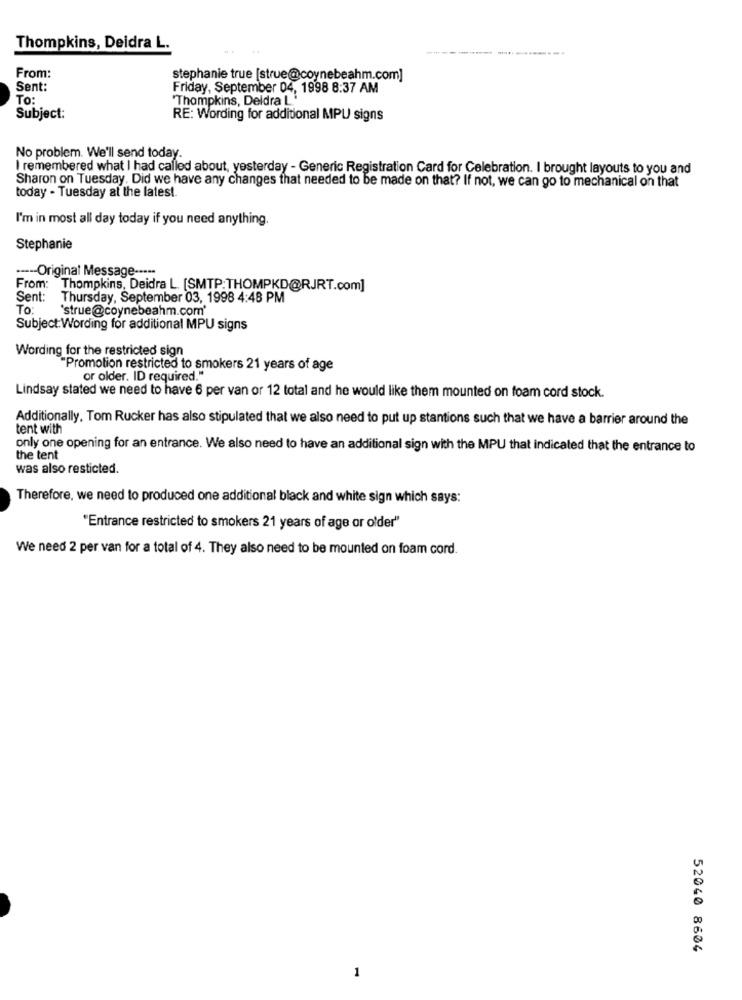
Thompkins, Deidra L.
---
From:
stephanie true [strue@coynebeahm.com]
Sent:
Friday, September 04, 1998 8:37 AM
To:
"Thompkins, Deldra L'
Subject:
RE: Wording for additional MPU signs
No problem. We'll send today.
Iremembered what I had called about, yesterday - Generic Registration Card for Celebration. I brought layouts to you and
Sharon on Tuesday. Did we have any Changes that needed to be made on that? If not, we can go to mechanical on that
today - Tuesday at the latest
I'm in most all day today if you need anything.
Stephanie
---- Original Message -----
From: Thompkins, Deidra L. [SMTP:THOMPKD@RJRT.com]
Sent:
Thursday, September 03, 1998 4:48 PM
To:
'strue@coynebeahm.com'
Subject:Wording for additional MPU signs
Wording for the restricted sign
"Promotion restricted to smokers 21 years of age
or older. ID required."
Lindsay stated we need to have 6 per van or 12 total and he would like them mounted on foam cord stock.
Additionally, Tom Rucker has also stipulated that we also need to put up stantions such that we have a barrier around the
tent with
only one opening for an entrance. We also need to have an additional sign with the MPU that indicated that the entrance to
the tent
was also resticted.
Therefore, we need to produced one additional black and white sign which says:
"Entrance restricted to smokers 21 years of age or older"
We need 2 per van for a total of 4. They also need to be mounted on foam cord.
52040 8604
1